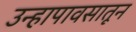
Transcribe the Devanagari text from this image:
उन्हापावसातून